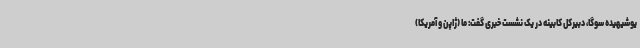
یوشیهیده سوگا، دبیرکل کابینه در یک نشست خبری گفت: ما (ژاپن و آمریکا)